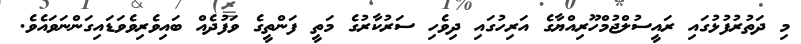
މި ދަތުރުފުޅުގައި ރައީސުލްޖުމްހޫރިއްޔާގެ އަރިހުގައި ދިވެހި ސަރުކާރުގެ މަތީ ފަންތީގެ ވަފުދެއް ބައިވެރިވެވަޑައިގަންނަވައެވެ.